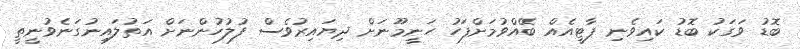
ބޮޑު ވަގަކު ބޮޑު ކައިވެނި ޕާޓީއެއް ބޭއްވުމަށްފަހު ހަނީމޫނަށް ދިޔައިރުވެސް ފުލުހުންނަށް އަތުލައިނުގަނެވުނީތީ